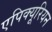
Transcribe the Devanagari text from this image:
एपिक्यूरियन